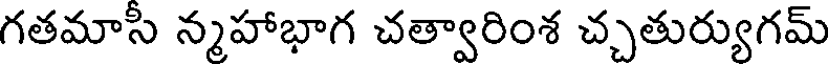
గతమాసీ న్మహాభాగ చత్వారింశ చ్చతుర్యుగమ్